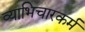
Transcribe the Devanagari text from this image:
व्याभिचारकर्म